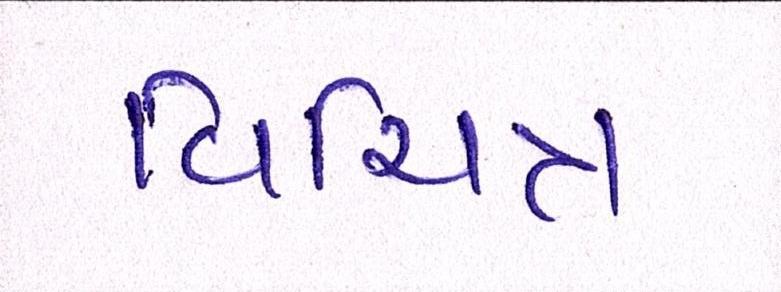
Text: વિચિત્ર